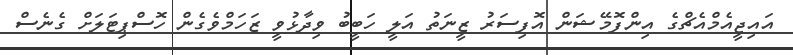
އައިޖީއެމްއެޗްގެ އިންފޮމޭޝަން އޮފިސަރު ޒީނަތު އަލީ ހަބީބު ވިދާޅުވީ ޒަހަމްވެގެން ހޮސްޕިޓަލަށް ގެނެސް